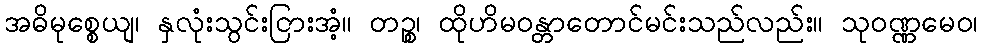
အဓိမုစ္စေယျ၊ နှလုံးသွင်းငြားအံ့။ တဉ္စ၊ ထိုဟိမဝန္တာတောင်မင်းသည်လည်း။ သုဝဏ္ဏမေဝ၊